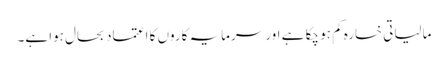
مالیاتی خسارہ کم ہو چکا ہے اور سرمایہ کاروں کا اعتماد بحال ہوا ہے۔